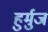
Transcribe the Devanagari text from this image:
हुर्मुज